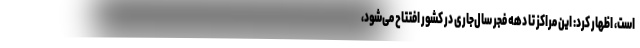
است، اظهار کرد: این مراکز تا دهه فجر سال‌جاری در کشور افتتاح می‌شود،